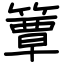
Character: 簟